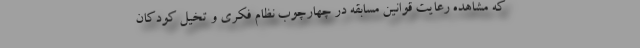
که مشاهده رعایت قوانین مسابقه در چهارچوب نظام فکری و تخیل کودکان